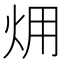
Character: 㶲